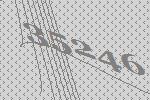
35246